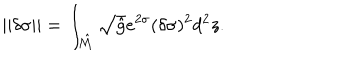
LaTeX: | | \delta \sigma | | = \int _ { \hat { \cal M } } \sqrt { \hat { g } } e ^ { 2 \sigma } ( \delta \sigma ) ^ { 2 } d ^ { 2 } z .